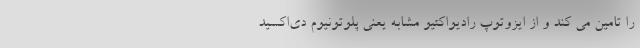
را تامین می کند و از ایزوتوپ رادیواکتیو مشابه یعنی پلوتونیوم دی‌اکسید